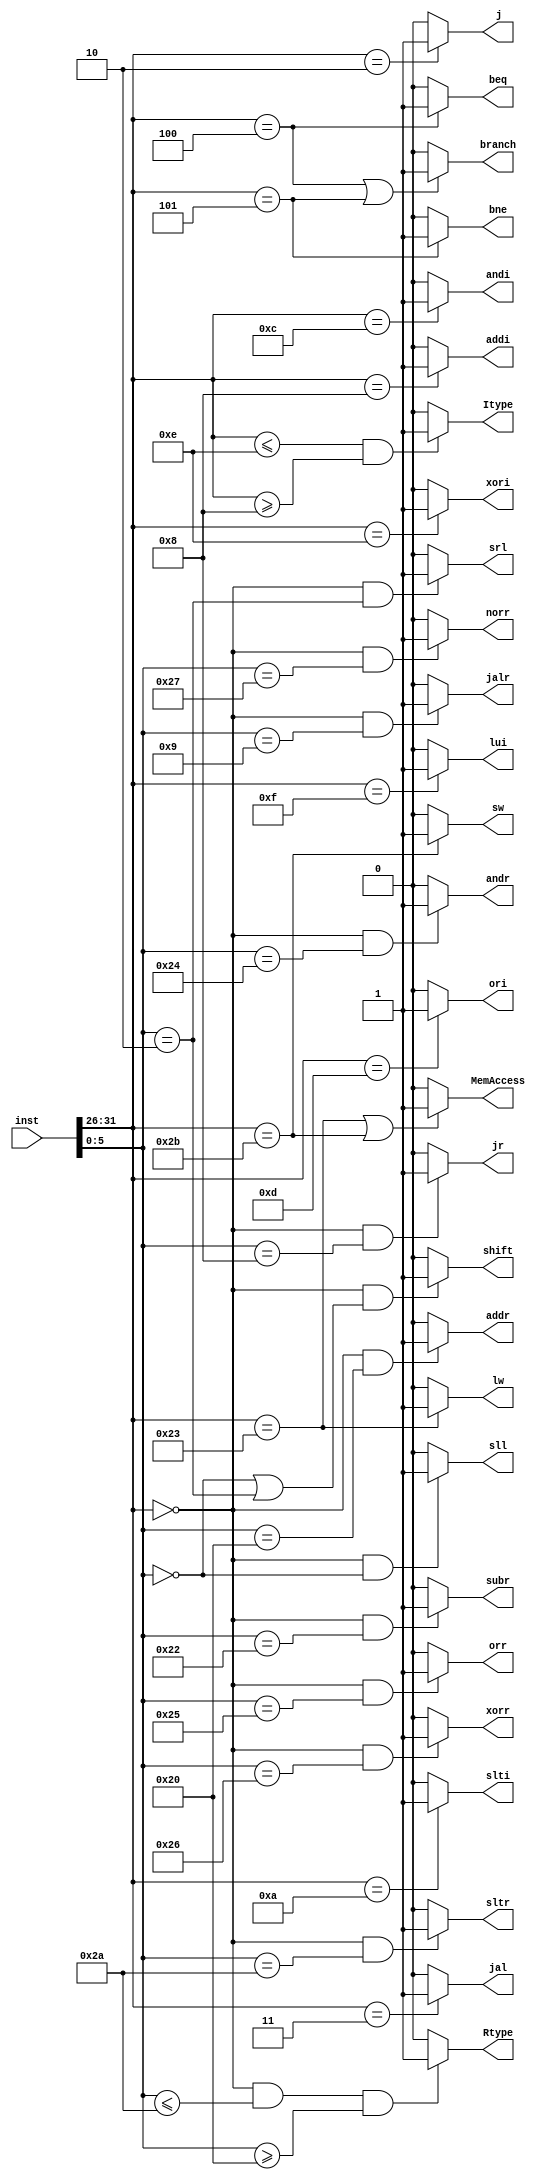
`timescale 1ns / 1ps
//////////////////////////////////////////////////////////////////////////////////
// Company: 
// Engineer: 
// 
// Design Name: 
// Module Name:    M_decoder 
// Project Name: 
// Target Devices: 
// Tool versions: 
// Description: 
//
// Dependencies: 
//
// Revision: 
// Revision 0.01 - File Created
// Additional Comments: 
//
//////////////////////////////////////////////////////////////////////////////////
module M_decoder( input [31:0] inst,
						output Rtype, Itype, shift, MemAccess, branch,
								 addr, subr, andr, orr, sltr, norr, xorr,
								 srl, sll, j, jr, jal, jalr, beq, bne,
								 addi, andi, ori, slti, xori, lui, lw, sw
    );
	 
	 wire [5:0] op, func;
	 assign op = inst[31:26];
	 assign func = inst[5:0];
	 
	 assign j = (op == 6'd2) ? 1 : 0;
	 assign jal = (op ==  6'd3) ? 1 : 0;
	 assign beq = (op == 6'd4) ? 1 : 0;
	 assign bne = (op == 6'd5) ? 1 : 0;
	 assign addi = (op == 6'd8) ? 1 : 0;
	 assign slti = (op == 6'd10) ? 1 : 0;
	 assign andi = (op == 6'd12) ? 1 : 0;
	 assign ori = (op == 6'd13) ? 1 : 0;
	 assign xori = (op == 6'd14) ? 1 : 0;
	 assign lui = (op == 6'd15) ? 1 : 0;
	 assign lw = (op == 6'd35) ? 1 : 0;
	 assign sw = (op == 6'd43) ? 1 : 0;
	 assign sll = (op == 6'd0 && func == 6'd0) ? 1 : 0;
	 assign srl = (op == 6'd0 && func == 6'd2) ? 1 : 0;
	 assign jr = (op == 6'd0 && func == 6'd8) ? 1 : 0;
	 assign jalr = (op == 6'd0 && func == 6'd9) ? 1 : 0;
	 assign addr = (op == 6'd0 && func == 6'd32) ? 1 : 0;
	 assign subr = (op == 6'd0 && func == 6'd34) ? 1 : 0;
	 assign andr = (op == 6'd0 && func == 6'd36) ? 1 : 0;
	 assign orr = (op == 6'd0 && func == 6'd37) ? 1 : 0;
	 assign xorr = (op == 6'd0 && func == 6'd38) ? 1 : 0;
	 assign norr = (op == 6'd0 && func == 6'd39) ? 1 : 0;
	 assign sltr = (op == 6'd0 && func == 6'd42) ? 1 : 0;
	 
	 assign MemAccess = (op == 6'd35 || op == 6'd43) ? 1 : 0;
	 assign shift = (op == 6'd0 && (func == 6'd0 || func == 6'd2) ) ? 1 : 0;
	 assign branch = (op == 6'd4 || op == 6'd5) ? 1 : 0;
	 assign Rtype = (op == 6'd0 && func <= 6'd42 && func >= 6'd32) ? 1 : 0;
	 assign Itype = (op <= 6'd14 && op >= 6'd8) ? 1 : 0;
	 
endmodule